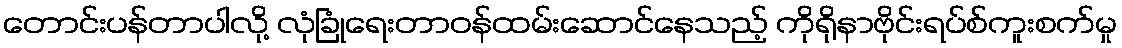
တောင်းပန်တာပါလို့ လုံခြုံရေးတာဝန်ထမ်းဆောင်နေသည့် ကိုရိုနာဗိုင်းရပ်စ်ကူးစက်မှု